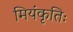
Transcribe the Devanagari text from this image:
मियंकृतिः